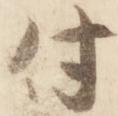
付